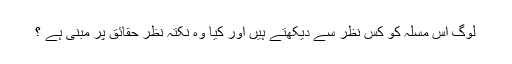
لوگ اس مسلہ کو کس نظر سے دیکھتے ہیں اور کیا وہ نکتہ نظر حقائق پر مبنی ہے ؟